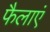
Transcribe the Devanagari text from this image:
फैलाएं